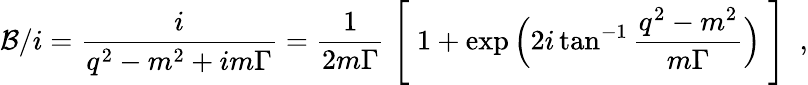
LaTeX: {\cal B}/i=\frac{i}{q^{2}-m^{2}+im\Gamma}=\frac{1}{2m\Gamma}\Biggm[1+\exp\Big(2i\tan^{-1}\frac{q^{2}-m^{2}}{m\Gamma}\Big)\Biggm]\ ,